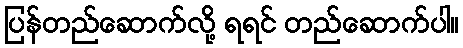
ပြန်တည်ဆောက်လို့ ရရင် တည်ဆောက်ပါ။